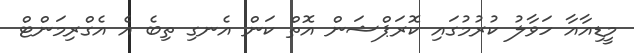
މީޑިއާއާ ހަވާލު ކުރުމުގައި ކޮރަޕްޝަން އޮތް ކަން އެނގި ތިބެ އެ އެގްރިމަންޓް